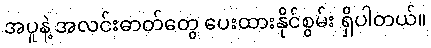
အပူနဲ့ အလင်းဓာတ်တွေ ပေးထားနိုင်စွမ်း ရှိပါတယ်။